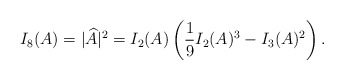
\begin{align*}I_8(A) = |\widehat{A}|^2 = I_2(A) \left( \frac{1}{9} I_2(A)^3 - I_3(A)^2 \right).\end{align*}